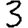
Digit: 3